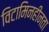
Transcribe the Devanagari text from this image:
विटामिनहीनता